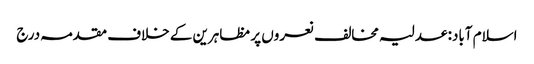
اسلام آباد: عدلیہ مخالف نعروں پر مظاہرین کے خلاف مقدمہ درج